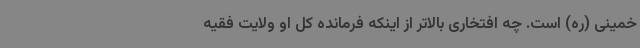
خمینی (ره) است. چه افتخاری بالاتر از اینکه فرمانده کل او ولایت فقیه